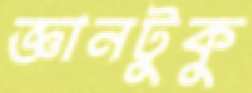
জ্ঞানটুকু